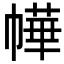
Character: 𭘲